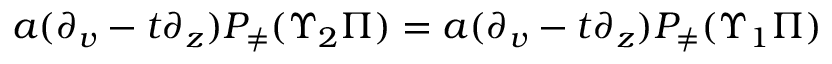
a ( \partial _ { v } - t \partial _ { z } ) P _ { \neq } ( \Upsilon _ { 2 } \Pi ) = a ( \partial _ { v } - t \partial _ { z } ) P _ { \neq } ( \Upsilon _ { 1 } \Pi )